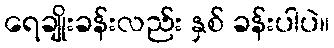
ရေချိုးခန်းလည်း နှစ် ခန်းပါပဲ။